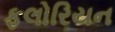
ફલોરિયન